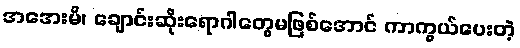
အအေးမိ၊ ချောင်းဆိုးရောဂါတွေမဖြစ်အောင် ကာကွယ်ပေးတဲ့